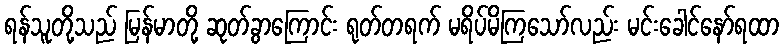
ရန်သူတို့သည် မြန်မာတို့ ဆုတ်ခွာကြောင်း ရုတ်တရက် မရိပ်မိကြသော်လည်း မင်းခေါင်နော်ရထာ